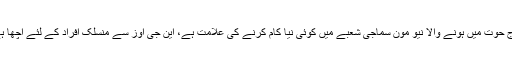
برج حوت میں ہونے والا نیو مون سماجی شعبے میں کوئی نیا کام کرنے کی علامت ہے، این جی اوز سے منسلک افراد کے لئے اچھا ہے۔